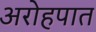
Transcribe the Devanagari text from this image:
अरोहपात